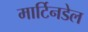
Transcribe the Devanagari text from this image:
मार्टिनडेल